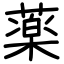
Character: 薬